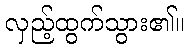
လှည့်ထွက်သွား၏။